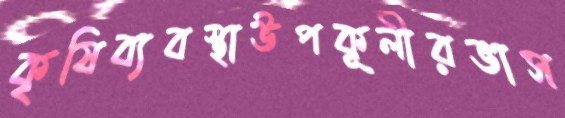
কৃষিব্যবস্থাউপকূলীরভাস